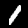
Digit: 1